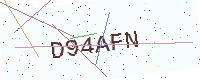
Text: D94AFN